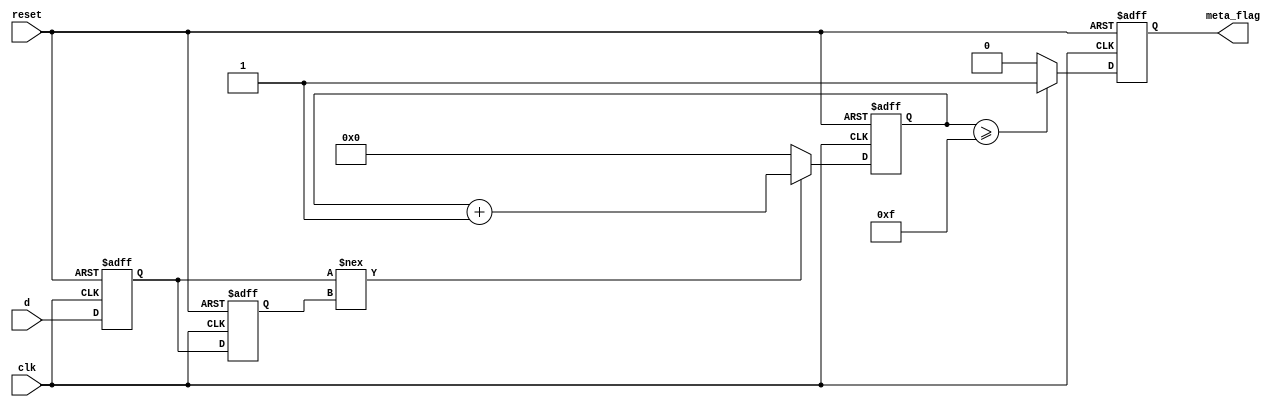
module metastability_detector (
    input wire clk,       // Clock signal
    input wire reset,     // Asynchronous reset signal
    input wire d,         // Input signal to monitor
    output reg meta_flag  // Output signal indicating metastability
);

    reg q1, q2;          // Outputs of the flip-flops
    reg [3:0] count;     // Counter for settling time detection

    // Flip-Flop 1: Sample the input signal
    always @(posedge clk or posedge reset) begin
        if (reset) begin
            q1 <= 1'b0;  // Reset state
        end else begin
            q1 <= d;     // Sample input signal
        end
    end

    // Flip-Flop 2: Sample the output of Flip-Flop 1
    always @(posedge clk or posedge reset) begin
        if (reset) begin
            q2 <= 1'b0;  // Reset state
        end else begin
            q2 <= q1;    // Sample output of Flip-Flop 1
        end
    end

    // Metastability detection logic based on output stability
    always @(posedge clk or posedge reset) begin
        if (reset) begin
            count <= 4'b0000;  // Reset count
            meta_flag <= 1'b0;  // Clear metastability flag
        end else begin
            // Check if q1 and q2 are transitioning or not stable
            if (q1 !== q2) begin
                count <= count + 1;  // Increment count for potential metastability
            end else begin
                count <= 4'b0000;  // Reset count if stable
            end
            
            // If count exceeds threshold, set metastability flag
            if (count >= 4'b1111) begin // Example threshold
                meta_flag <= 1'b1; // Indicate metastability detected
            end else begin
                meta_flag <= 1'b0; // Clear metastability flag
            end
        end
    end

endmodule